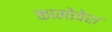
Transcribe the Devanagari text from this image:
कामोवेश